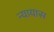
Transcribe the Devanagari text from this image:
न्यायास